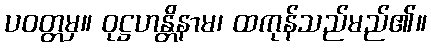
ပဝတ္တမှ။ ဝုဋ္ဌဟန္တိနာမ၊ ထကုန်သည်မည်၏။